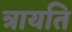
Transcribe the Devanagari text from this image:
त्रायति